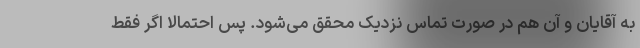
به آقایان و آن هم در صورت تماس نزدیک محقق می‌شود. پس احتمالا اگر فقط